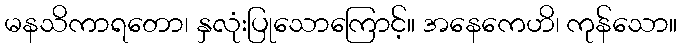
မနသိကာရတော၊ နှလုံးပြုသောကြောင့်။ အနေကေဟိ၊ ကုန်သော။